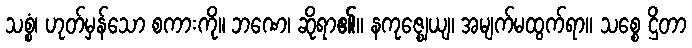
သစ္စံ၊ ဟုတ်မှန်သော စကားကို။ ဘဏေ၊ ဆိုရာ၏။ နကုဇ္ဈေယျ၊ အမျက်မထွက်ရာ။ သစ္စေ ဌိတာ